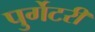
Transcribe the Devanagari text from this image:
पुर्गेटरी